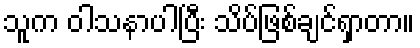
သူက ဝါသနာပါပြီး သိပ်ဖြစ်ချင်ရှာတာ။